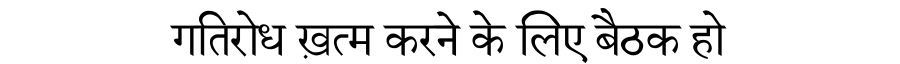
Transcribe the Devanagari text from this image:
गतिरोध ख़त्म करने के लिए बैठक हो